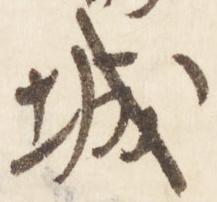
城